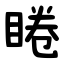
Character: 睠